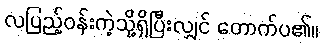
လပြည့်ဝန်းကဲ့သို့ရှိပြီးလျှင် တောက်ပ၏။